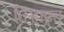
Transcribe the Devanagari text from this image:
तिऱ्हाइत